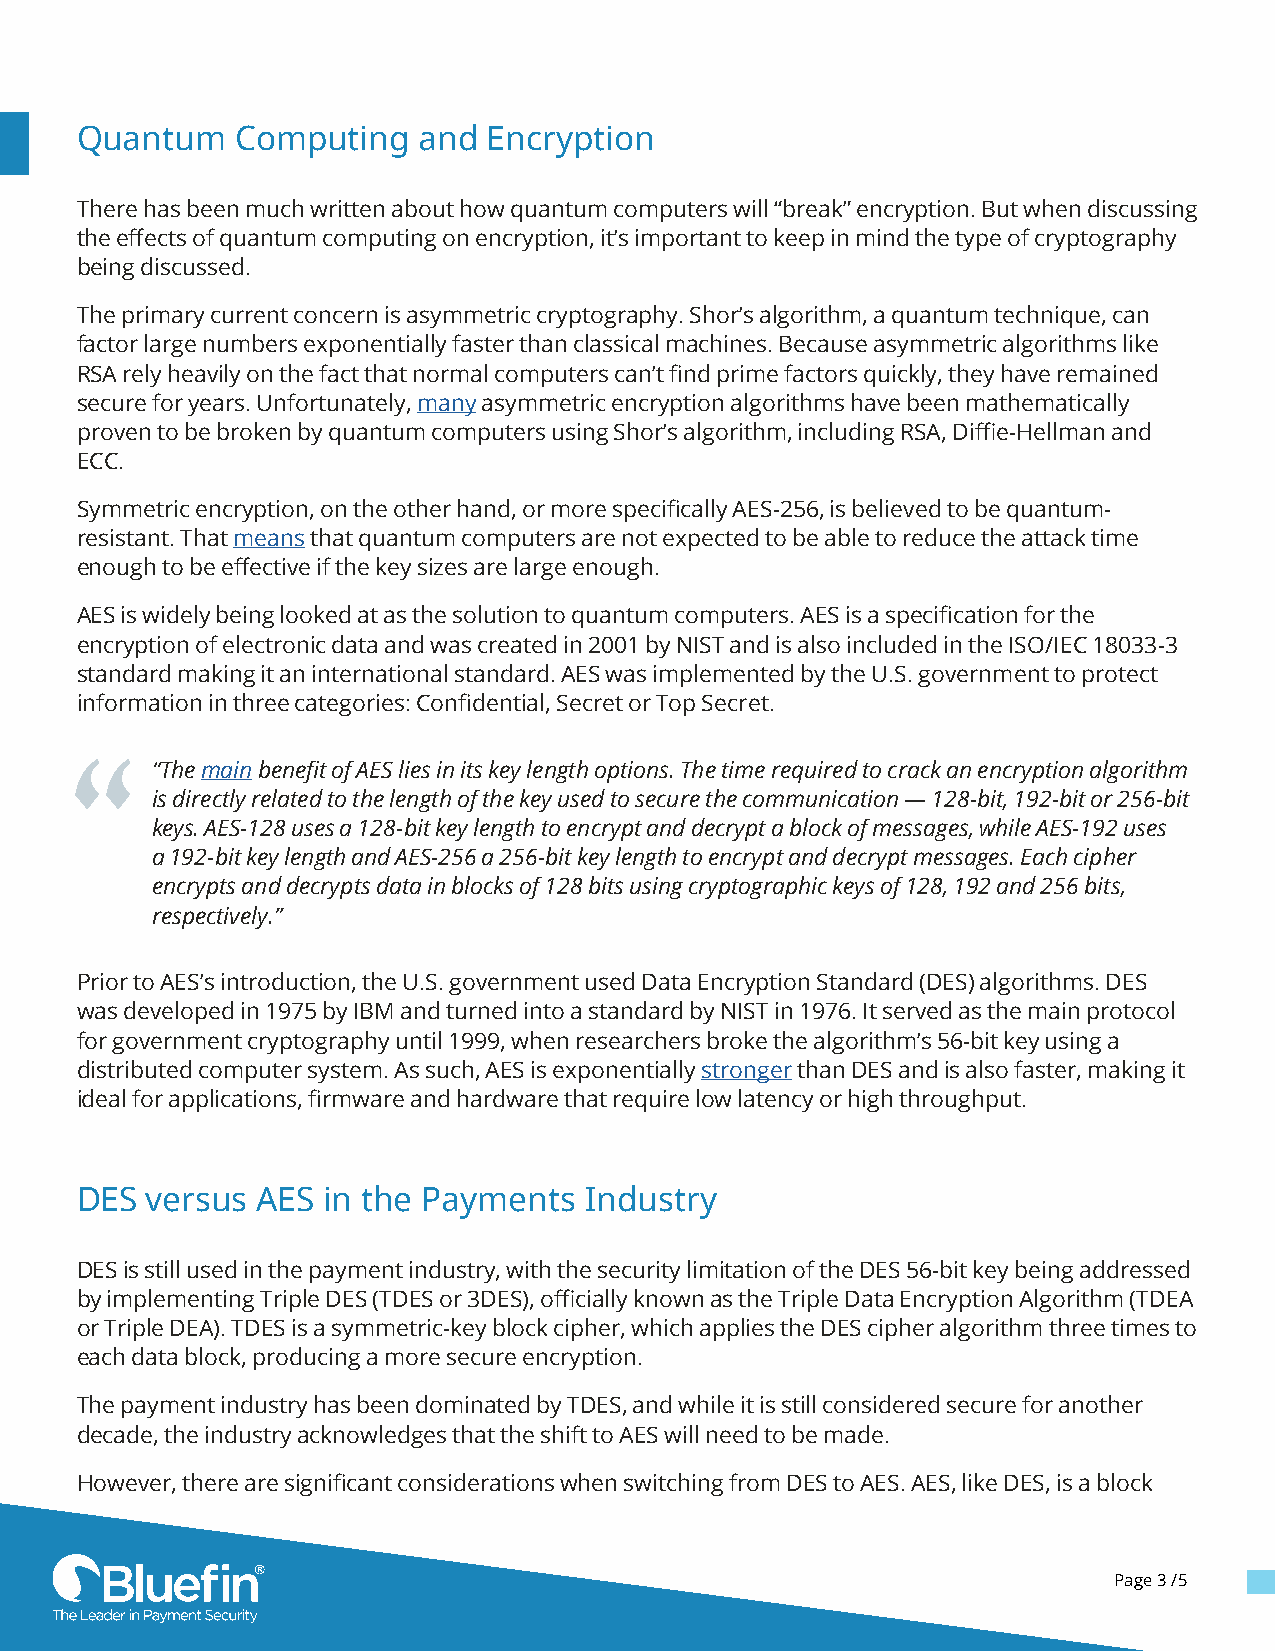
Quantum    Computing   and Encryption
 There has been much written about how quantum computers will “break” encryption. But when discussing
 the effects of quantum computing on encryption, it’s important to keep in mind the type of cryptography
 being discussed.
 The primary current concern is asymmetric cryptography. Shor’s algorithm, a quantum technique, can
 factor large numbers exponentially faster than classical machines. Because asymmetric algorithms like
 RSA rely heavily on the fact that normal computers can’t find prime factors quickly, they have remained
 secure for years. Unfortunately, many asymmetric encryption algorithms have been mathematically
 proven to be broken by quantum computers using Shor’s algorithm, including RSA, Diffie-Hellman and
 ECC.
 Symmetric encryption, on the other hand, or more specifically AES-256, is believed to be quantum-
 resistant. That means that quantum computers are not expected to be able to reduce the attack time
 enough to be effective if the key sizes are large enough.
 AES is widely being looked at as the solution to quantum computers. AES is a specification for the
 encryption of electronic data and was created in 2001 by NIST and is also included in the ISO/IEC 18033-3
 standard making it an international standard. AES was implemented by the U.S. government to protect
 information in three categories: Confidential, Secret or Top Secret.
 “The main benefit of AES lies in its key length options. The time required to crack an encryption algorithm
 is directly related to the length of the key used to secure the communication — 128-bit, 192-bit or 256-bit
 keys. AES-128 uses a 128-bit key length to encrypt and decrypt a block of messages, while AES-192 uses
 a 192-bit key length and AES-256 a 256-bit key length to encrypt and decrypt messages. Each cipher
 encrypts and decrypts data in blocks of 128 bits using cryptographic keys of 128, 192 and 256 bits,
 respectively.”
 Prior to AES’s introduction, the U.S. government used Data Encryption Standard (DES) algorithms. DES
 was developed in 1975 by IBM and turned into a standard by NIST in 1976. It served as the main protocol
 for government cryptography until 1999, when researchers broke the algorithm’s 56-bit key using a
 distributed computer system. As such, AES is exponentially stronger than DES and is also faster, making it
 ideal for applications, firmware and hardware that require low latency or high throughput.
 DES  versus AES in the Payments   Industry
 DES is still used in the payment industry, with the security limitation of the DES 56-bit key being addressed
 by implementing Triple DES (TDES or 3DES), officially known as the Triple Data Encryption Algorithm (TDEA
 or Triple DEA). TDES is a symmetric-key block cipher, which applies the DES cipher algorithm three times to
 each data block, producing a more secure encryption.
 The payment industry has been dominated by TDES, and while it is still considered secure for another
 decade, the industry acknowledges that the shift to AES will need to be made.
 However, there are significant considerations when switching from DES to AES. AES, like DES, is a block
 Page 3 /5